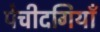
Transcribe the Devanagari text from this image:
पेचीदगियाँ